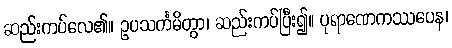
ဆည်းကပ်လေ၏။ ဥပသင်္ကမိတွာ၊ ဆည်းကပ်ပြီး၍။ ပုရာဏေကဿပေန၊